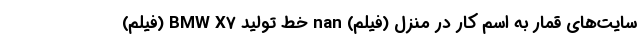
سایت‌های قمار به اسم کار در منزل (فیلم) nan خط تولید BMW X7 (فیلم)